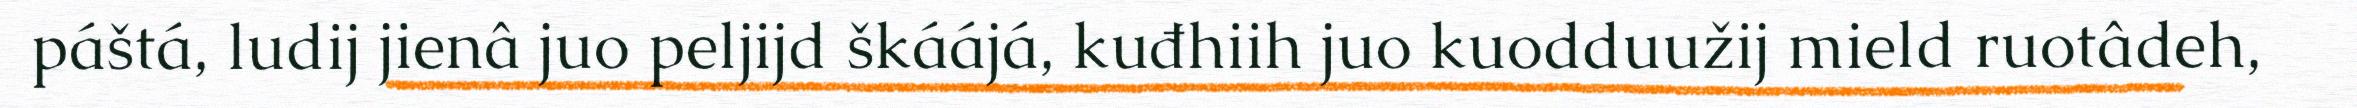
páštá, ludij jienâ juo peljijd škáájá, kuđhiih juo kuodduužij mield ruotâdeh,